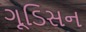
ગૂડિસન